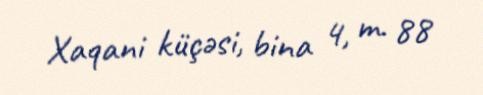
Xaqani küçəsi, bina 4, m. 88